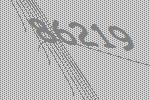
86219